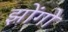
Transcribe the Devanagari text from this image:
झोंगो